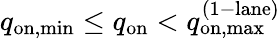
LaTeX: q_{\mathrm{on,min}}\leq q_{\mathrm{on}}<q_{\mathrm{on,max}}^{\mathrm{(1-lane)}}